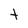
Character: t